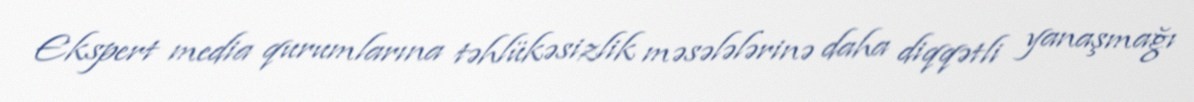
Ekspert media qurumlarına təhlükəsizlik məsələlərinə daha diqqətli yanaşmağı